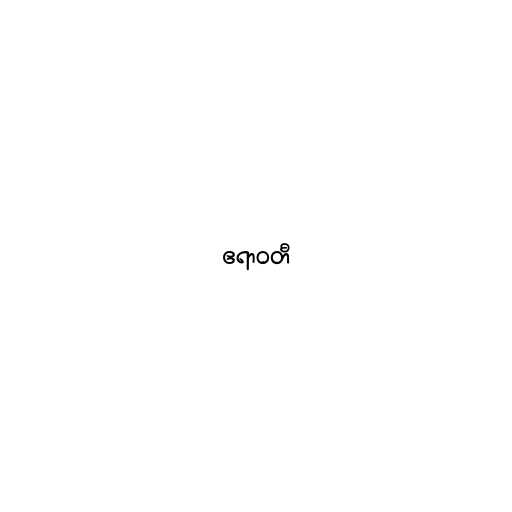
ဧရာဝတီ